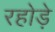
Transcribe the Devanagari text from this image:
रहोड़े